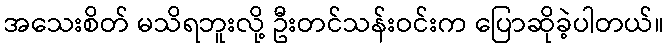
အသေးစိတ် မသိရဘူးလို့ ဦးတင်သန်းဝင်းက ပြောဆိုခဲ့ပါတယ်။